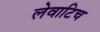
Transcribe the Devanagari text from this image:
लेवाटिच